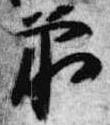
前